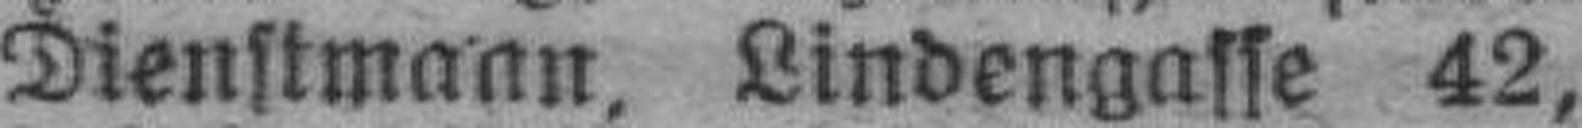
Dienstmann, Lindengasse 42,